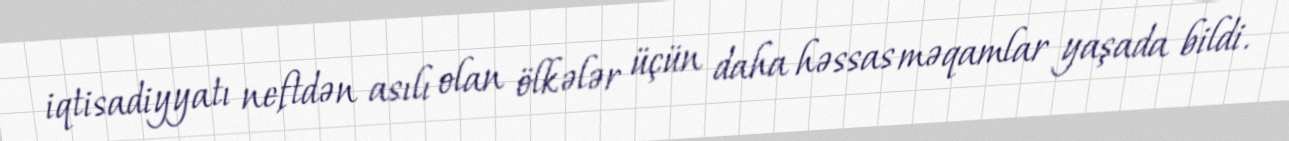
iqtisadiyyatı neftdən asılı olan ölkələr üçün daha həssas məqamlar yaşada bildi.